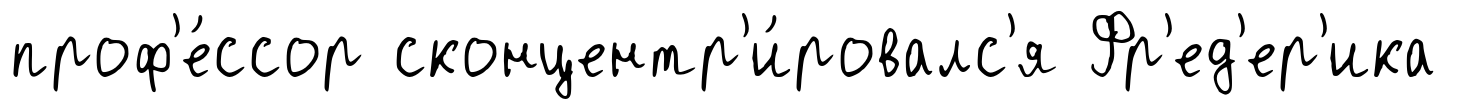
проф'е́ссор сконцентр'и́ровалс'я Фр'ед'ер'ика